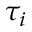
\tau _ { i }